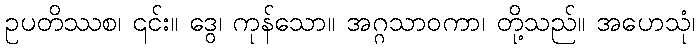
ဥပတိဿစ၊ ၎င်း။ ဒွေ၊ ကုန်သော။ အဂ္ဂသာဝကာ၊ တို့သည်။ အဟေသုံ၊